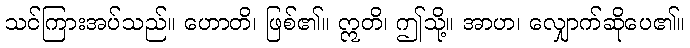
သင်ကြားအပ်သည်။ ဟောတိ၊ ဖြစ်၏။ ဣတိ၊ ဤသို့။ အာဟ၊ လျှောက်ဆိုပေ၏။